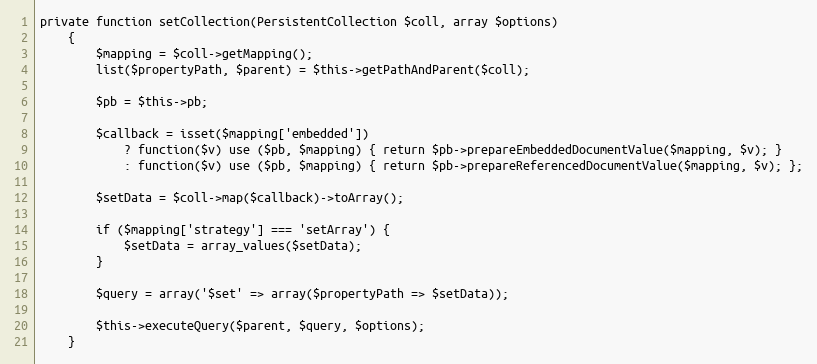
Language: PHP
private function setCollection(PersistentCollection $coll, array $options)
    {
        $mapping = $coll->getMapping();
        list($propertyPath, $parent) = $this->getPathAndParent($coll);

        $pb = $this->pb;

        $callback = isset($mapping['embedded'])
            ? function($v) use ($pb, $mapping) { return $pb->prepareEmbeddedDocumentValue($mapping, $v); }
            : function($v) use ($pb, $mapping) { return $pb->prepareReferencedDocumentValue($mapping, $v); };

        $setData = $coll->map($callback)->toArray();

        if ($mapping['strategy'] === 'setArray') {
            $setData = array_values($setData);
        }

        $query = array('$set' => array($propertyPath => $setData));

        $this->executeQuery($parent, $query, $options);
    }